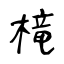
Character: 槞